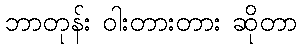
ဘာတုန်း ဝါးတားတား ဆိုတာ